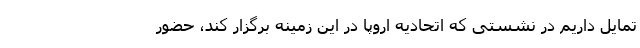
تمایل داریم در نشستی که اتحادیه اروپا در این زمینه برگزار کند، حضور